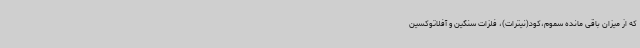
که از میزان باقی مانده سموم،کود(نیترات)، فلزات سنگین و آفلاتوکسین